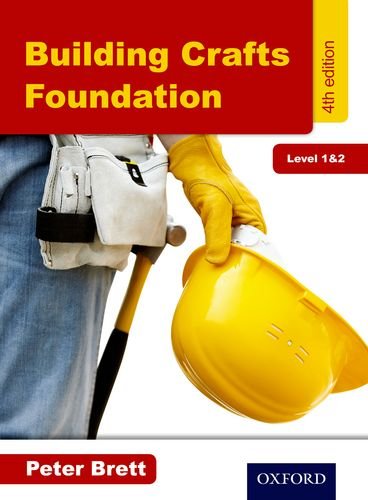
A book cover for Building Crafts Foundation Level 1&2 4th Edition; Peter Brett; Teen & Young Adult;